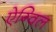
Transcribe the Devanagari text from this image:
ऐग्विल